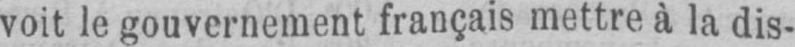
voit le gouvernement français mettre à la dis-